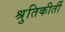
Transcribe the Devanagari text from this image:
श्रुतिकीर्ती